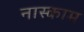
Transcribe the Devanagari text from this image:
नास्काम